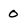
Character: 0